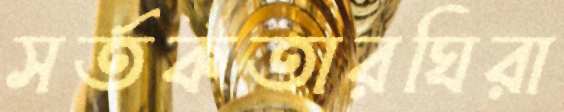
সর্তকতারঘিরা